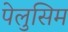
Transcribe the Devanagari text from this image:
पेलुसिम